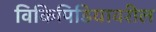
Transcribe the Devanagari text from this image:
विकिपिडियावरील